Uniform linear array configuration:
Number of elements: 12
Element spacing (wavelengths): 0.25
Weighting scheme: uniform
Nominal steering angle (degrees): -60
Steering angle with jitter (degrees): -58.442
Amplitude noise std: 0.05
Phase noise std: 0.05

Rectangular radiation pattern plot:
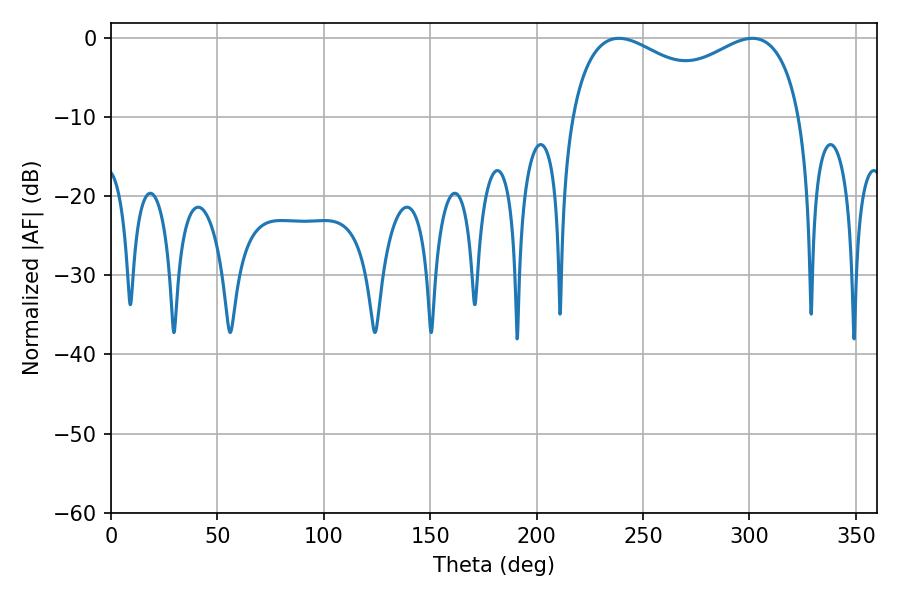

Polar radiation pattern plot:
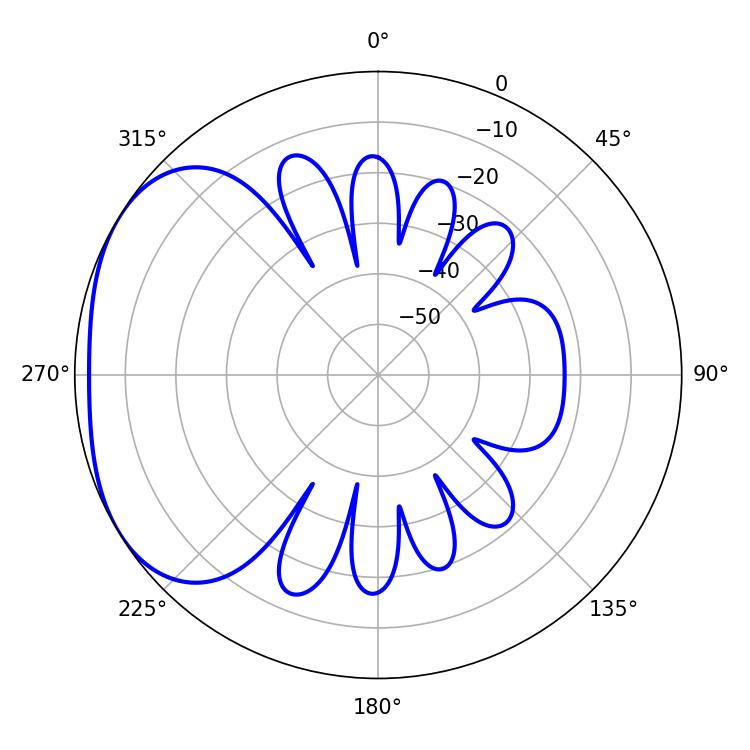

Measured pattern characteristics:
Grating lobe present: FALSE
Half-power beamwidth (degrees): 90.36
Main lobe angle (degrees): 238.68